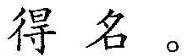
得名。